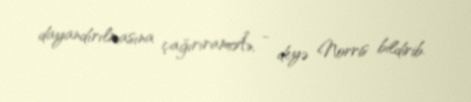
dayandırılmasına çağırıramÂ», - deyə Norris bildirib.